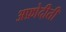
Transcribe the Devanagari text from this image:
अफ्रोदीती